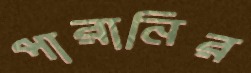
পারানির